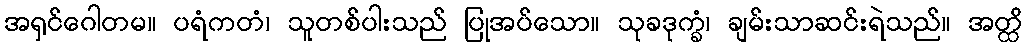
အရှင်ဂေါတမ။ ပရံကတံ၊ သူတစ်ပါးသည် ပြုအပ်သော။ သုခဒုက္ခံ၊ ချမ်းသာဆင်းရဲသည်။ အတ္ထိ